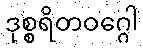
ဒုစ္စရိတဝဂ္ဂေါ